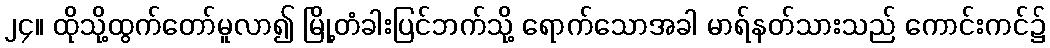
၂၄။ ထိုသို့ထွက်တော်မူလာ၍ မြို့တံခါးပြင်ဘက်သို့ ရောက်သောအခါ မာရ်နတ်သားသည် ကောင်းကင်၌